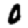
Digit: 0